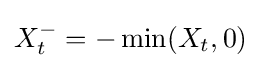
{\textstyle X_{t}^{-}=-\min(X_{t},0)}